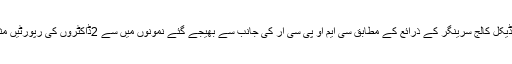
گورنمنٹ میڈیکل کالج سرینگر کے ذرائع کے مطابق سی ایم او پی سی آر کی جانب سے بھیجے گئے نمونوں میں سے 2ڈاکٹروں کی رپورٹیں مثبت آئیں ہیں۔